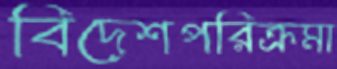
বিদেশপরিক্রমা